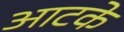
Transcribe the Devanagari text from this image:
आटके